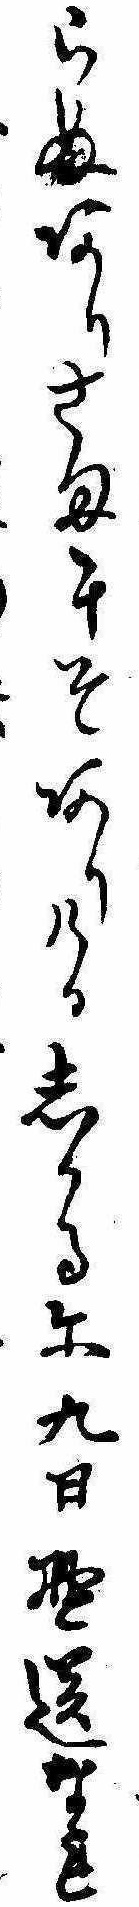
らぬありさまにそありけるしかるに九日野送なれ